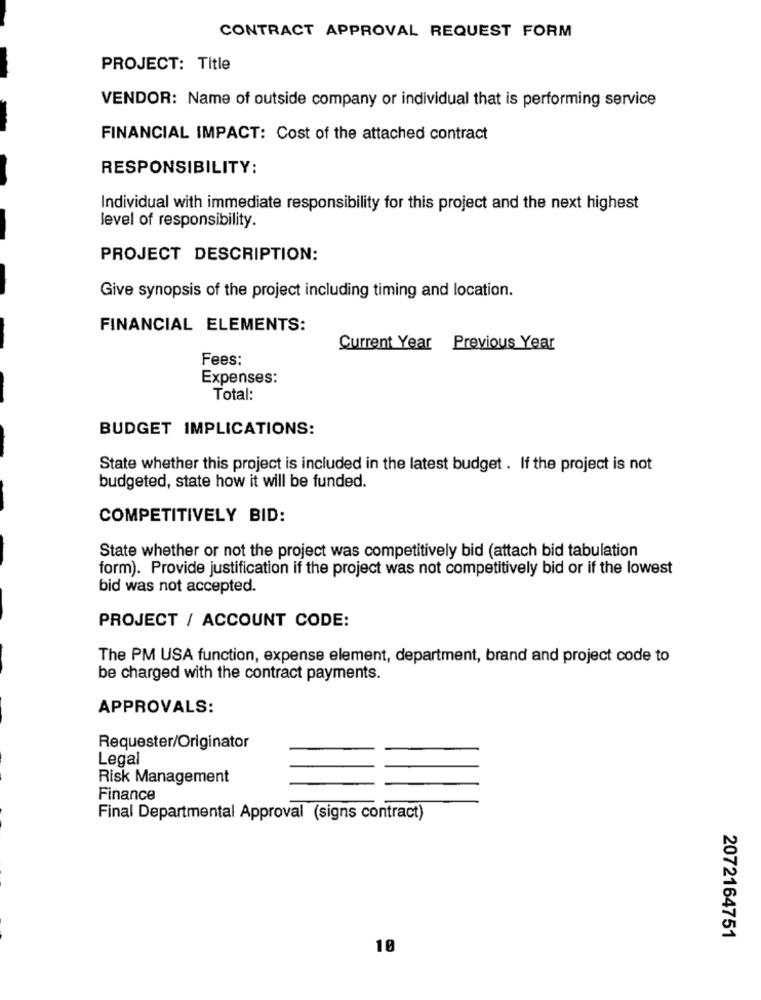
CONTRACT APPROVAL REQUEST FORM
PROJECT: Title
VENDOR: Name of outside company or individual that is performing service
FINANCIAL IMPACT: Cost of the attached contract
RESPONSIBILITY:
Individual with immediate responsibility for this project and the next highest
level of responsibility.
PROJECT DESCRIPTION:
Give synopsis of the project including timing and location.
FINANCIAL ELEMENTS:
Current Year Previous Year
Fees:
Expenses:
Total
BUDGET IMPLICATIONS:
State whether this project is included in the latest budget . If the project is not
budgeted, state how it will be funded.
COMPETITIVELY BID:
State whether or not the project was competitively bid (attach bid tabulation
form). Provide justification if the project was not competitively bid or if the lowest
bid was not accepted.
PROJECT / ACCOUNT CODE:
The PM USA function, expense element, department, brand and project code to
be charged with the contract payments.
APPROVALS:
Requester/Originator
Legal
Risk Management
Finance
Final Departmental Approval (signs contract)
2072164751
10